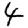
Digit: 4